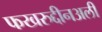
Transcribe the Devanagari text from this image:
फखरुद्दीनअली